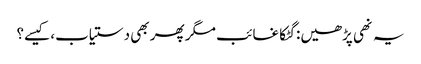
یہ نھی پڑھیں:گٹکا غائب مگر پھر بھی دستیاب، کیسے؟